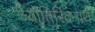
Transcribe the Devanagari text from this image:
ज्योतिरिंद्रनाथ